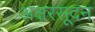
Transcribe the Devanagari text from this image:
अक्षरसूदन